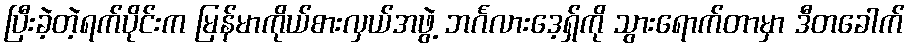
ပြီးခဲ့တဲ့ရက်ပိုင်းက မြန်မာကိုယ်စားလှယ်အဖွဲ့ ဘင်္ဂလားဒေ့ရှ်ကို သွားရောက်တာမှာ ဒီတခေါက်